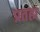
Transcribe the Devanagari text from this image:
प्रतह्म